Civil Veterinary Department. United Provinces 1932-42 - 1932-1942
Year: 1932
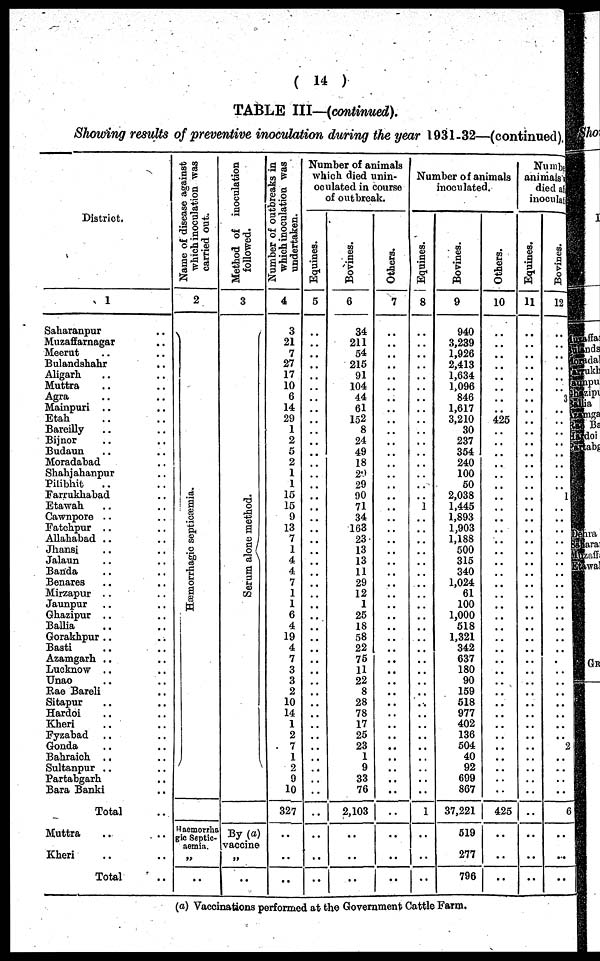
(14)
TABLE III—(continued).
Showing results of preventive inoculation during the year 1931-32—(continued).
District.
1
Saharanpur .. ..
Muzaffarnagar .. ..
Meerut .. ..
Bulandshahr .. ..
Aligarh .. ..
Muttra .. ..
Agra .. ..
Mainpuri .. ..
Etah .. ..
Bareilly .. ..
Bijnor .. ..
Budaun .. ..
Moradabad .. ..
Shahjahanpur .. ..
Pilibhit .. ..
Farrukhabad .. ..
Etawah .. ..
Cawnpore .. ..
Fatehpur .. ..
Allahabad .. ..
Jhansi .. ..
Jalaun .. ..
Banda .. ..
Benares .. ..
Mirzapur .. ..
Jaunpur .. ..
Ghazipur .. ..
Ballia .. ..
Gorakhpur .. ..
Basti .. ..
Azamgarh .. ..
Lucknow .. ..
Unao .. ..
Rae Bareli .. ..
Sitapur .. ..
Hardoi .. ..
Kheri .. ..
Fyzabad .. ..
Gonda .. ..
Bahraich .. ..
Sultanpur .. ..
Partabgarh ..
Bara Banki ..
Total ..
Muttra .. ..
Kheri .. ..
Total ..
Name of disease against
which inoculation was
carried out.
2
Hæmorrhagic septiæmia.
Haemorrha
gic Septic-
..
..
Method of inoculation
followed.
3
Se r
um alone method.
By (a)
vaccine
..
..
Number of outbreaks in
which inoculation was
undertaken.
4
3
21
7
27
17
10
6
14
29
1
2
5
2
1
1
15
15
9
13
7
1
4
4
7
1
1
6
4
19
4
7
3
3
2
10
14
1
2
7
1
2
9
10
327
..
..
..
Number of animals
which died unin-
oculated in course
of outbreak.
Equines.
5
..
..
..
..
..
..
..
..
..
..
..
..
..
..
..
..
..
..
..
..
..
..
..
..
..
..
..
..
..
..
..
..
..
..
..
..
..
..
..
..
..
..
..
..
..
..
..
Bovi nes .
6
34
211
54
215
91
104
44
61
152
8
24
49
18
29
29
90
71
34
163
23
13
13
11
29
12
1
25
18
58
22
75
11
22
8
28
78
17
25
23
1
9
33
76
2,103
..
..
..
Ot her s .
7
..
..
..
..
..
..
..
..
..
..
..
..
..
..
..
..
..
..
..
..
..
..
..
..
..
..
..
..
..
..
..
..
..
.
..
..
..
..
..
..
..
..
..
..
..
..
..
Number of animals
inoculated.
Equines.
8
..
..
..
..
..
..
..
..
..
..
..
..
..
..
..
..
..
..
..
..
..
..
..
..
..
..
..
..
..
..
..
..
..
..
..
..
..
..
..
..
..
..
..
1
..
..
..
Bovi nes .
9
940
3,239
1,926
2,413
1,634
1,096
846
1,617
3,210
30
237
354
240
100
50
2,038
1,445
1,893
1,903
1,188
500
315
340
1,024
61
100
1,000
518
1,321
342
637
180
90
159
518
977
402
136
504
40
92
699
867
37,221
519
277
796
Others.
10
..
..
..
..
..
..
..
..
425
..
..
..
..
..
..
..
..
..
..
..
..
..
..
..
..
..
..
..
..
..
..
..
..
..
..
..
..
..
..
..
..
..
..
425
..
..
..
Number
animals
died at
inoculat
Equines.
11
..
..
..
..
..
..
...
..
..
..
..
..
..
..
..
..
..
..
..
..
..
..
..
..
..
..
..
..
..
..
..
..
..
..
..
..
..
..
..
..
..
..
..
..
..
..
Bovi ne s .
12
..
..
..
..
..
..
3
..
..
..
..
..
..
..
.. 1
..
..
..
..
..
..
..
..
..
..
..
..
..
..
..
..
..
..
..
..
..
..
..
..
..
..
..
6
..
..
..
(a) Vaccinations performed at the Government Cattle Farm.